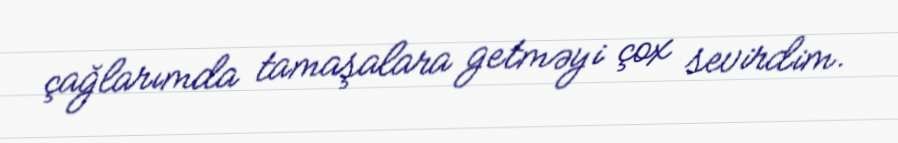
çağlarımda tamaşalara getməyi çox sevirdim.